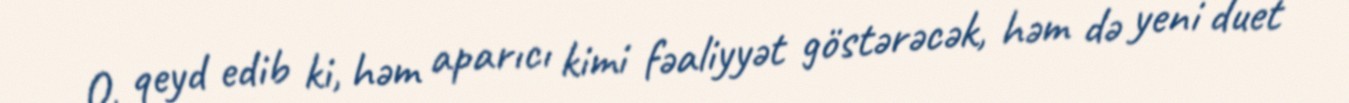
O, qeyd edib ki, həm aparıcı kimi fəaliyyət göstərəcək, həm də yeni duet